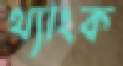
থ্যাংক